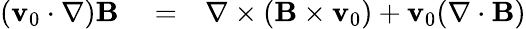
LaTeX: \begin{array}{rlr}{({\mathbf v}_{0}\cdot\nabla){\mathbf B}}&{{}=}&{\nabla\times({\mathbf B}\times{\mathbf v}_{0})+{\mathbf v}_{0}(\nabla\cdot{\mathbf B})}\end{array}